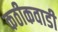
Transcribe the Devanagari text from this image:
कठीकवाडी